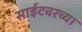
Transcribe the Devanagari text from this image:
साईटवरच्या